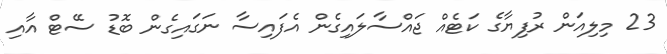
23 މިލިއަން ރުފިޔާގެ ކަޓެއް ޖައްސާލައިގެން އެފައިސާ ނަގައިގެން ބޮޑު ސޭޓް އާއި